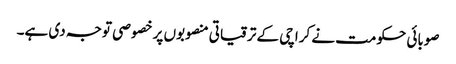
صوبائی حکومت نے کراچی کے ترقیاتی منصوبوں پر خصو صی توجہ دی ہے۔